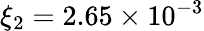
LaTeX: \xi_{2}=2.65\times 10^{-3}